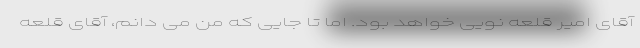
آقای امیر قلعه نویی خواهد بود. اما تا جایی که من می دانم، آقای قلعه